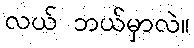
လယ် ဘယ်မှာလဲ။